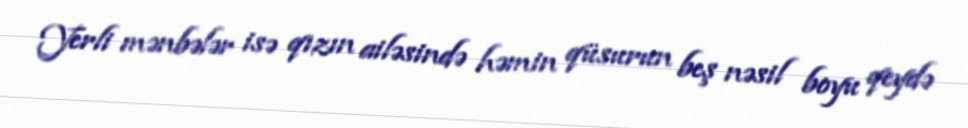
Yerli mənbələr isə qızın ailəsində həmin qüsurun beş nəsil boyu qeydə